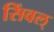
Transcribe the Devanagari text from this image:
सिंवल्